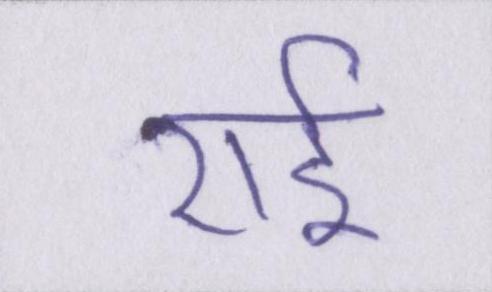
राई